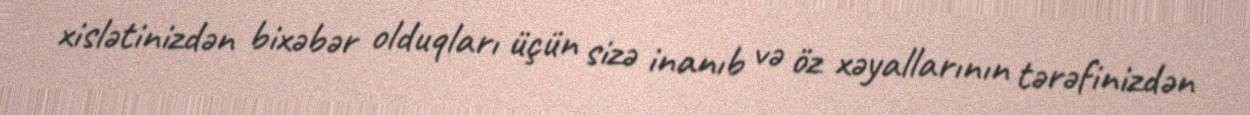
xislətinizdən bixəbər olduqları üçün sizə inanıb və öz xəyallarının tərəfinizdən